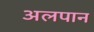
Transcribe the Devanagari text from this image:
अलपान